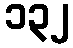
၁၃၂